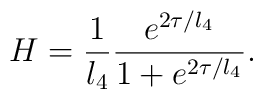
H =\frac{1}{l_4}\frac{e^{2\tau/l_4}}{1+e^{2\tau/l_4}}.